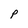
Character: P